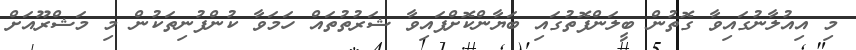
މި އިއުލާނުގައިވާ ގޮތުން ބީލަންފޮތުގައި ބަޔާންކޮށްފައިވާ ޝަރުތުތައް ހަމަވާ ކުންފުނިތަކުން މި މަޝްރޫއަށް